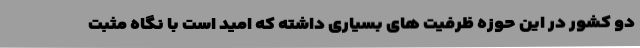
دو کشور در این حوزه ظرفیت های بسیاری داشته که امید است با نگاه مثبت